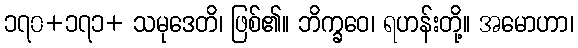
၁၇၀+၁၇၁+ သမုဒေတိ၊ ဖြစ်၏။ ဘိက္ခဝေ၊ ရဟန်းတို့။ အမောဟာ၊